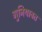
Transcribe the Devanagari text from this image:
गुनियाबत